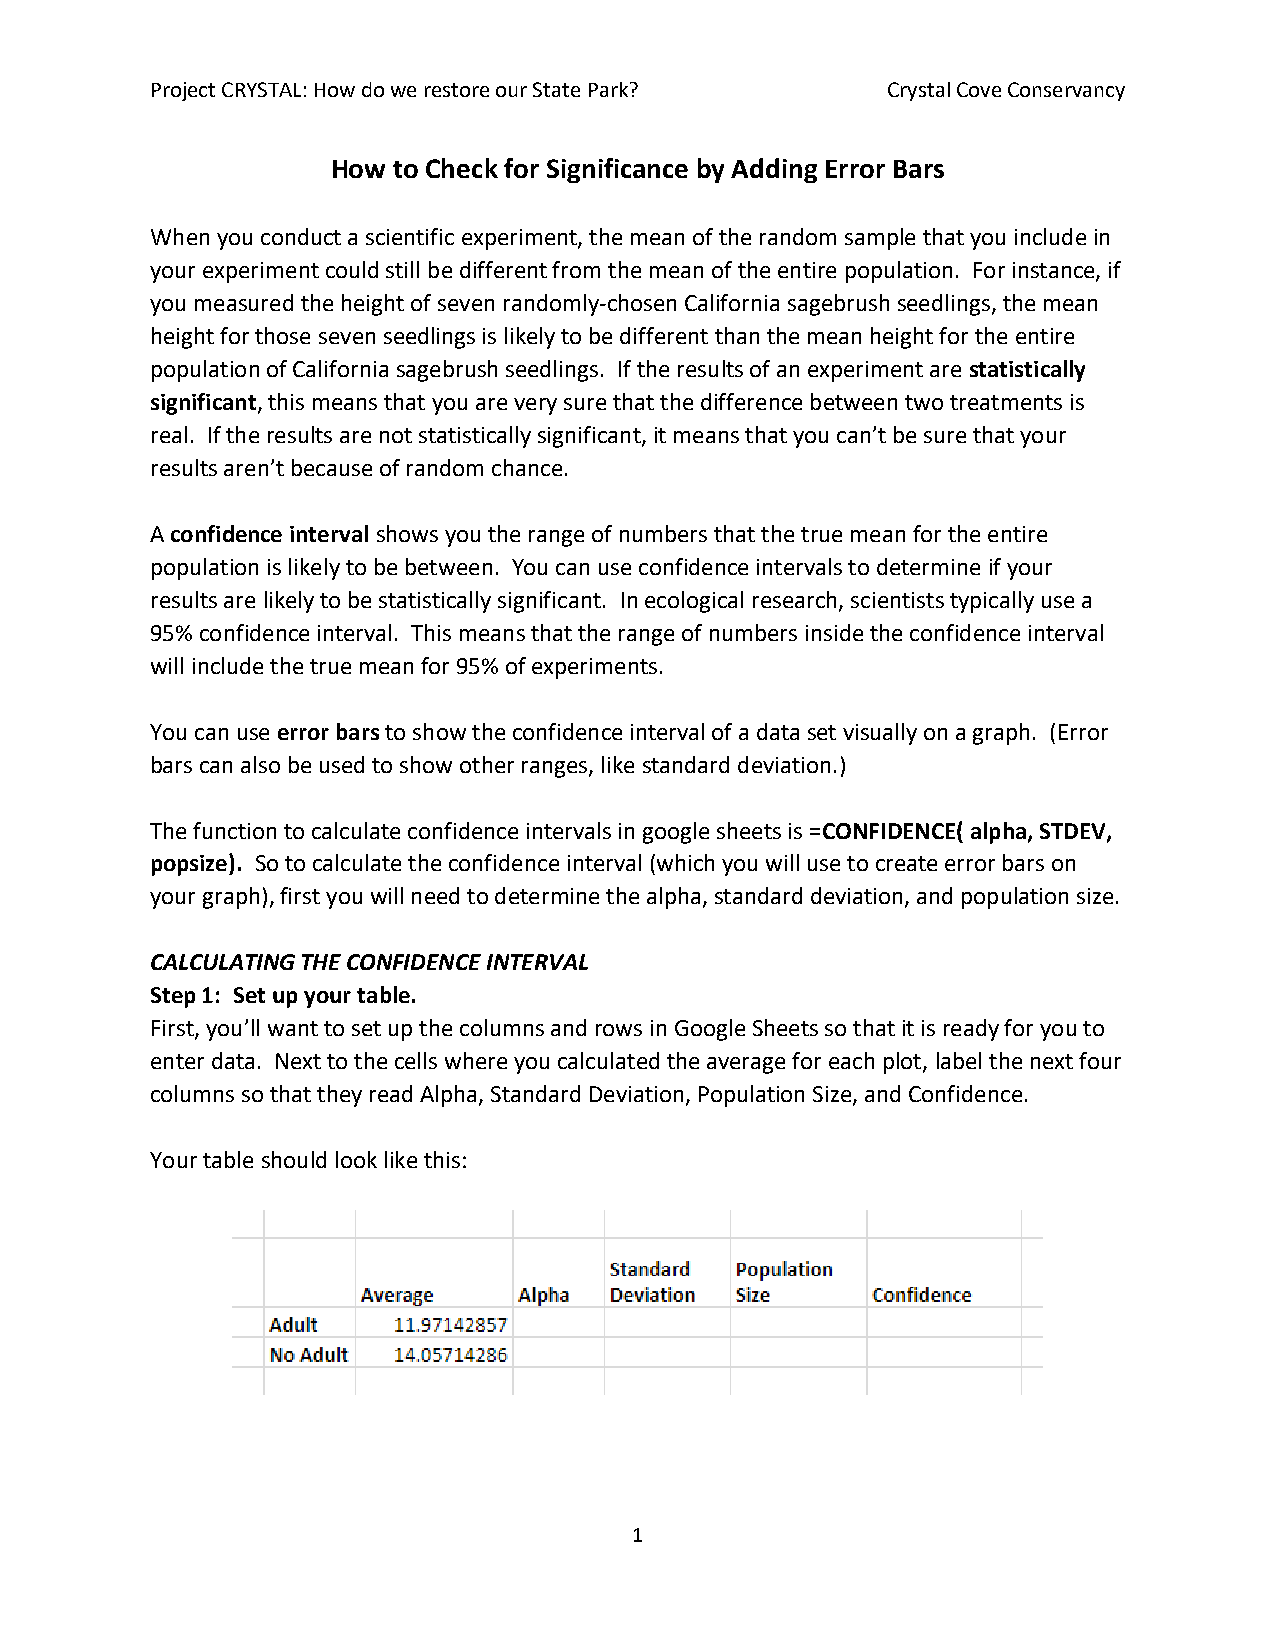
Project CRYSTAL: How do we restore our State Park? Crystal Cove Conservancy
 How to Check for Significance by Adding Error Bars
 When you conduct a scientific experiment, the mean of the random sample that you include in
 your experiment could still be different from the mean of the entire population. For instance, if
 you measured the height of seven randomly-chosen California sagebrush seedlings, the mean
 height for those seven seedlings is likely to be different than the mean height for the entire
 population of California sagebrush seedlings. If the results of an experiment are statistically
 significant, this means that you are very sure that the difference between two treatments is
 real. If the results are not statistically significant, it means that you can’t be sure that your
 results aren’t because of random chance.
 A confidence interval shows you the range of numbers that the true mean for the entire
 population is likely to be between. You can use confidence intervals to determine if your
 results are likely to be statistically significant. In ecological research, scientists typically use a
 95% confidence interval. This means that the range of numbers inside the confidence interval
 will include the true mean for 95% of experiments.
 You can use error bars to show the confidence interval of a data set visually on a graph. (Error
 bars can also be used to show other ranges, like standard deviation.)
 The function to calculate confidence intervals in google sheets is =CONFIDENCE( alpha, STDEV,
 popsize). So to calculate the confidence interval (which you will use to create error bars on
 your graph), first you will need to determine the alpha, standard deviation, and population size.
 CALCULATING THE CONFIDENCE INTERVAL
 Step 1: Set up your table.
 First, you’ll want to set up the columns and rows in Google Sheets so that it is ready for you to
 enter data. Next to the cells where you calculated the average for each plot, label the next four
 columns so that they read Alpha, Standard Deviation, Population Size, and Confidence.
 Your table should look like this:
 1